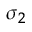
\sigma _ { 2 }